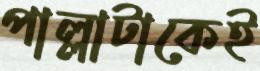
পাল্লাটাকেই